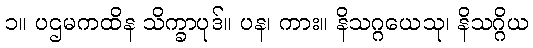
၁။ ပဌမကထိန သိက္ခာပုဒ်။ ပန၊ ကား။ နိသဂ္ဂယေသု၊ နိသဂ္ဂိယ